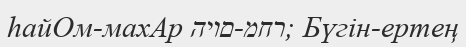
hайОм-махАр היום-מחר; Бүгін-ертең